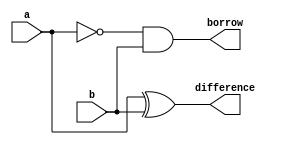
module half_subtractor(difference, borrow, a, b);
	
	input a, b;
	output difference, borrow;

	xor(difference, a, b); // difference = a(xor)b
	and(borrow, ~a, b);  // borrow = (not)a(and)b

endmodule